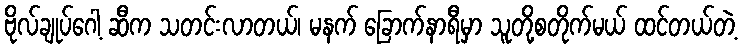
ဗိုလ်ချုပ်ဂေါ့ ဆီက သတင်းလာတယ်၊ မနက် ခြောက်နာရီမှာ သူတို့စတိုက်မယ် ထင်တယ်တဲ့